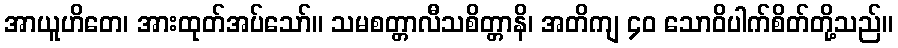
အာယူဟိတေ၊ အားထုတ်အပ်သော်။ သမစတ္တာလီသစိတ္တာနိ၊ အတိကျ ၄၀ သောဝိပါက်စိတ်တို့သည်။